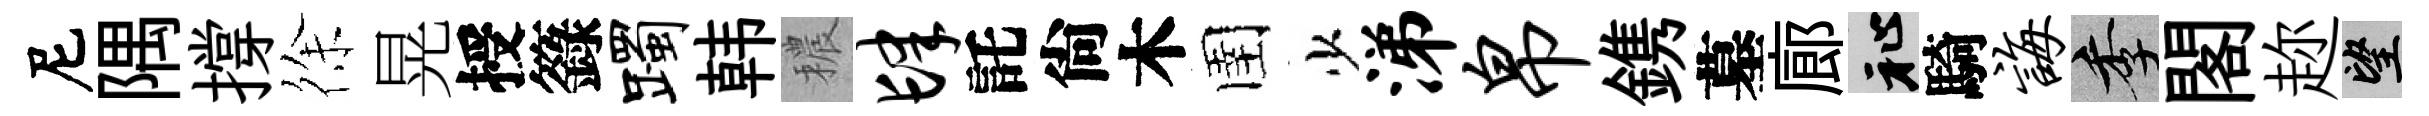
尼隅撐徐晃授籙躅韩穠肆託尙木圉少涕帛鎸墓廊祉騎诲季閣趂望